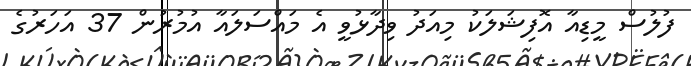
ފުލުސް މީޑިއާ އޮފިޝަލަކު މިއަދު ވިދާޅުވީ އެ މައްސަލައާ އުމުރުން 37 އަހަރުގެ